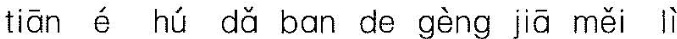
tiā é hú dǎ bàn dé gèng iā měi lì